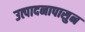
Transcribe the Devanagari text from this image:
उत्पादनापासुन